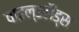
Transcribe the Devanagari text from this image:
वाइल्डलैंड्स